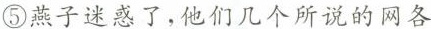
⑤燕子迷惑了，他们几个所说的网各